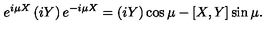
e ^ { i \mu X } \left( i Y \right) e ^ { - i \mu X } = \left( i Y \right) \cos { \mu } - [ X , Y ] \sin { \mu } .